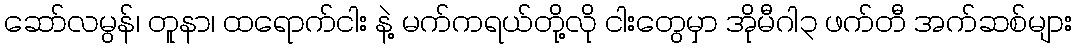
ဆော်လမွန်၊ တူနာ၊ ထရောက်ငါး နဲ့ မက်ကရယ်တို့လို ငါးတွေမှာ အိုမီဂါ၃ ဖက်တီ အက်ဆစ်များ